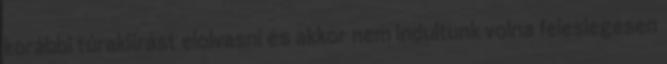
korábbi túrakiírást elolvasni és akkor nem indultunk volna feleslegesen